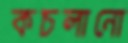
কচলানো